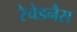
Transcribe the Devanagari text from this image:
रेचेडनैस